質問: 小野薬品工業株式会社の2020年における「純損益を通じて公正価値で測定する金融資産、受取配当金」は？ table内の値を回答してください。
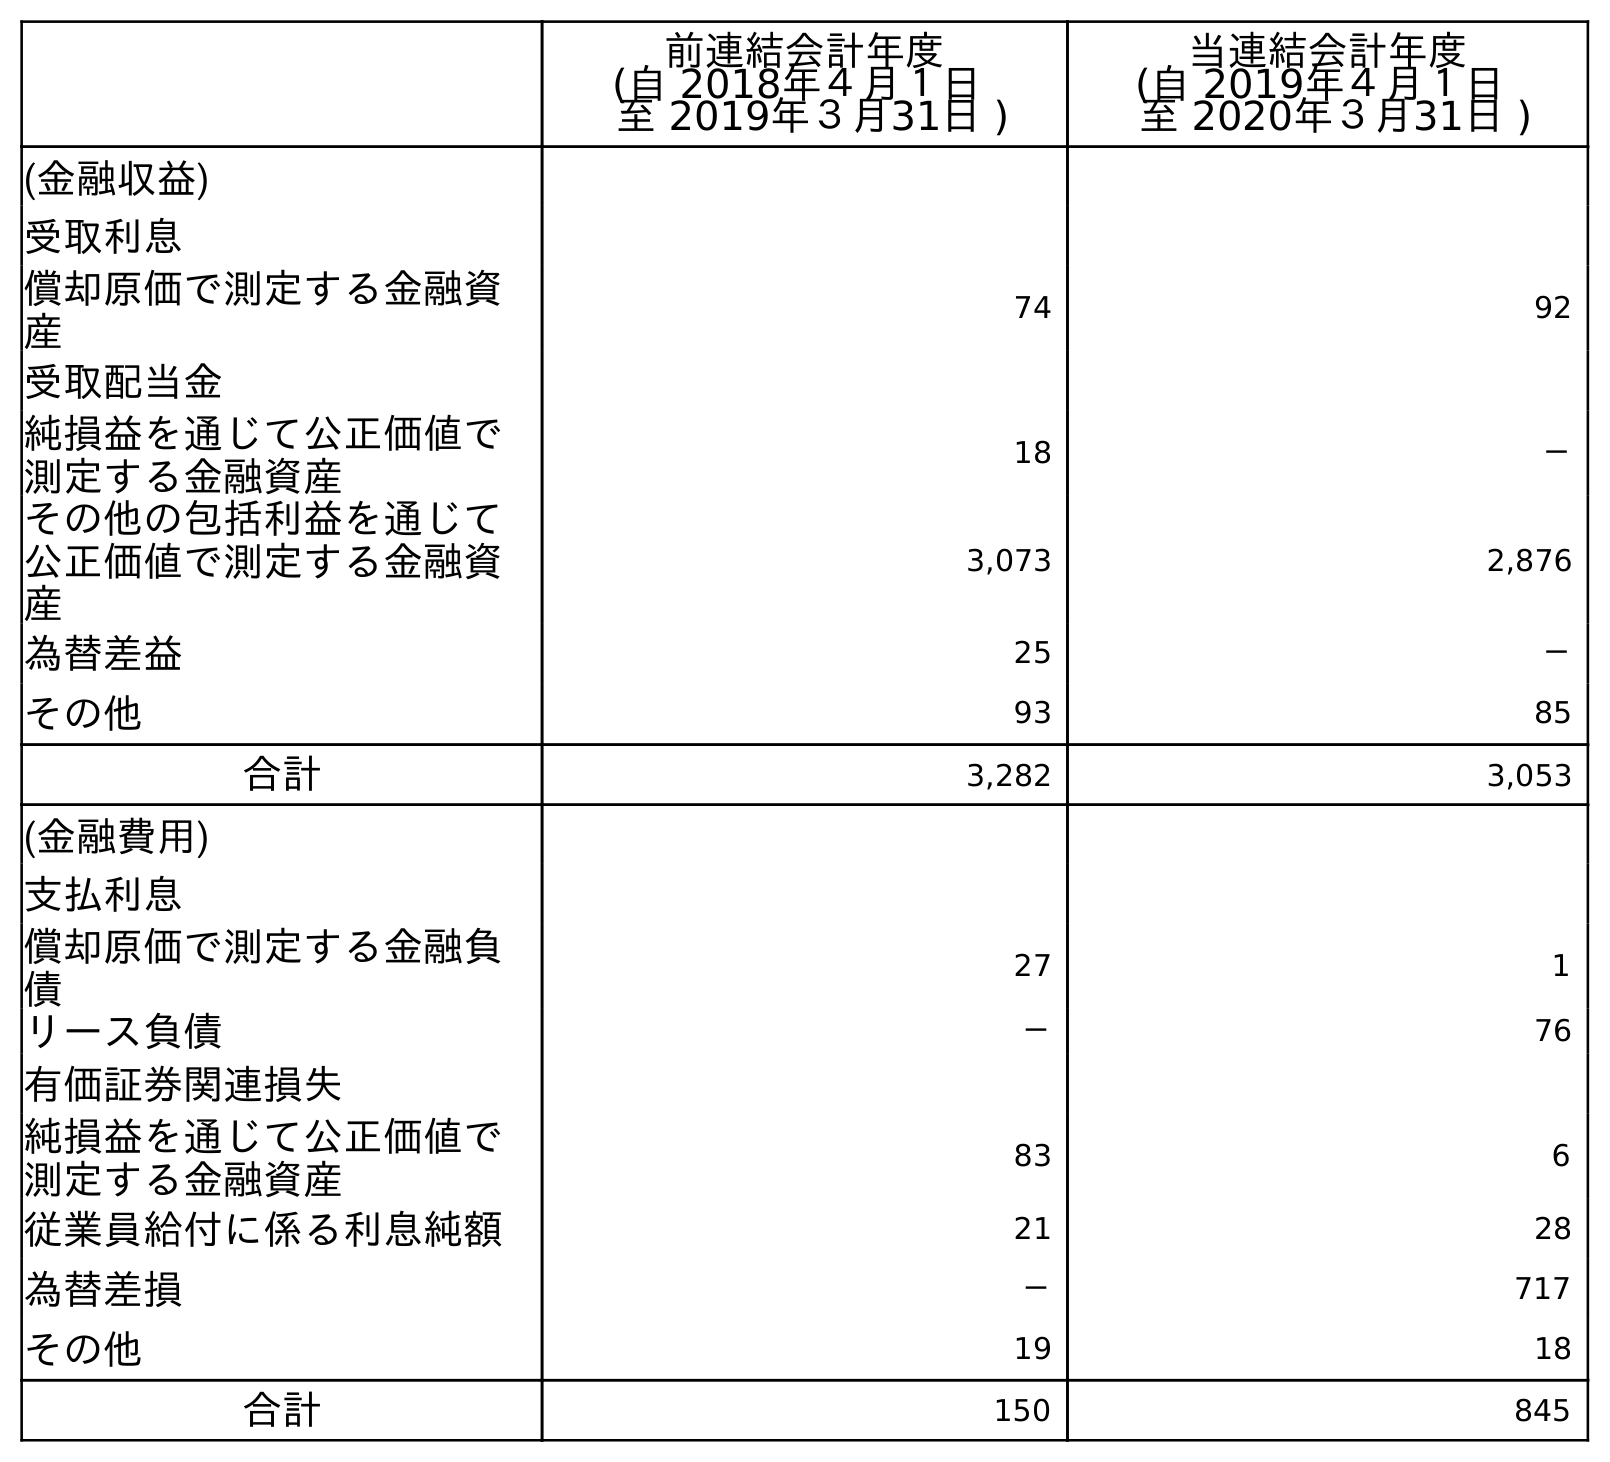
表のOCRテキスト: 前連結会計年度 (自 2018年４月１日 至 2019年３月31日 ) 当連結会計年度 (自 2019年４月１日 至 2020年３月31日 ) (金融収益) 受取利息 償却原価で測定する金融資 産 74 92 受取配当金 純損益を通じて公正価値で 測定する金融資産 18 － その他の包括利益を通じて 公正価値で測定する金融資 産 3,073 2,876 為替差益 25 － その他 93 85 合計 3,282 3,053 (金融費用) 支払利息 償却原価で測定する金融負 債 27 1 リース負債 － 76 有価証券関連損失 純損益を通じて公正価値で 測定する金融資産 83 6 従業員給付に係る利息純額 21 28 為替差損 － 717 その他 19 18 合計 150 845
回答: －